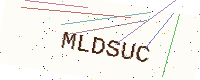
Text: MLDSUC